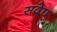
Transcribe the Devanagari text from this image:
सदेघ